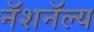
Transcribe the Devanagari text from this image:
नॅशनॅल्य